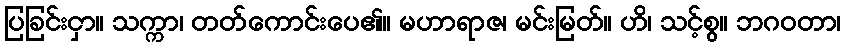
ပြခြင်းငှာ။ သက္ကာ၊ တတ်ကောင်းပေ၏။ မဟာရာဇ၊ မင်းမြတ်။ ဟိ၊ သင့်စွ။ ဘဂဝတာ၊